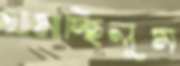
থামাচ্ছিলুম